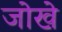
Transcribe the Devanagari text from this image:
जोखे